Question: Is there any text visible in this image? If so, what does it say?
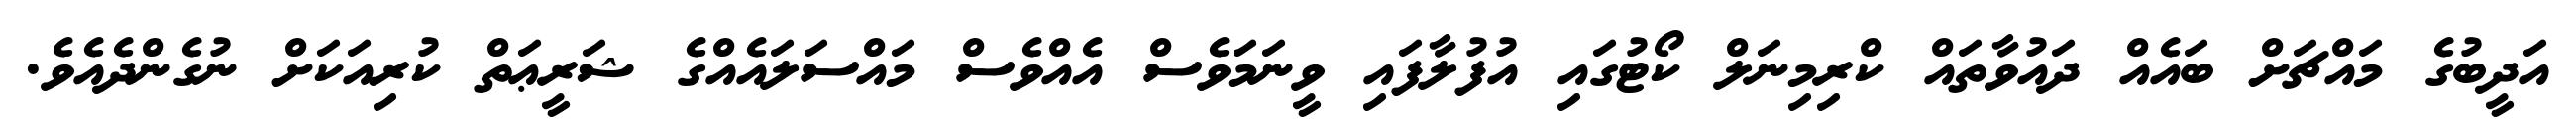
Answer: އަދީބުގެ މައްޗަށް ބައެއް ދައުވާތައް ކްރިމިނަލް ކޯޓުގައި އުފުލާފައި ވީނަމަވެސް އެއްވެސް މައްސަލައެއްގެ ޝަރީޢަތް ކުރިއަކަށް ނުގެންދެއެވެ.